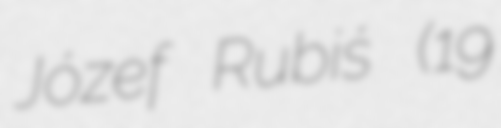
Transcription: Józef Rubiś (19